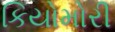
કિયોમોરી